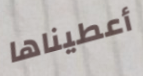
أعطيناها